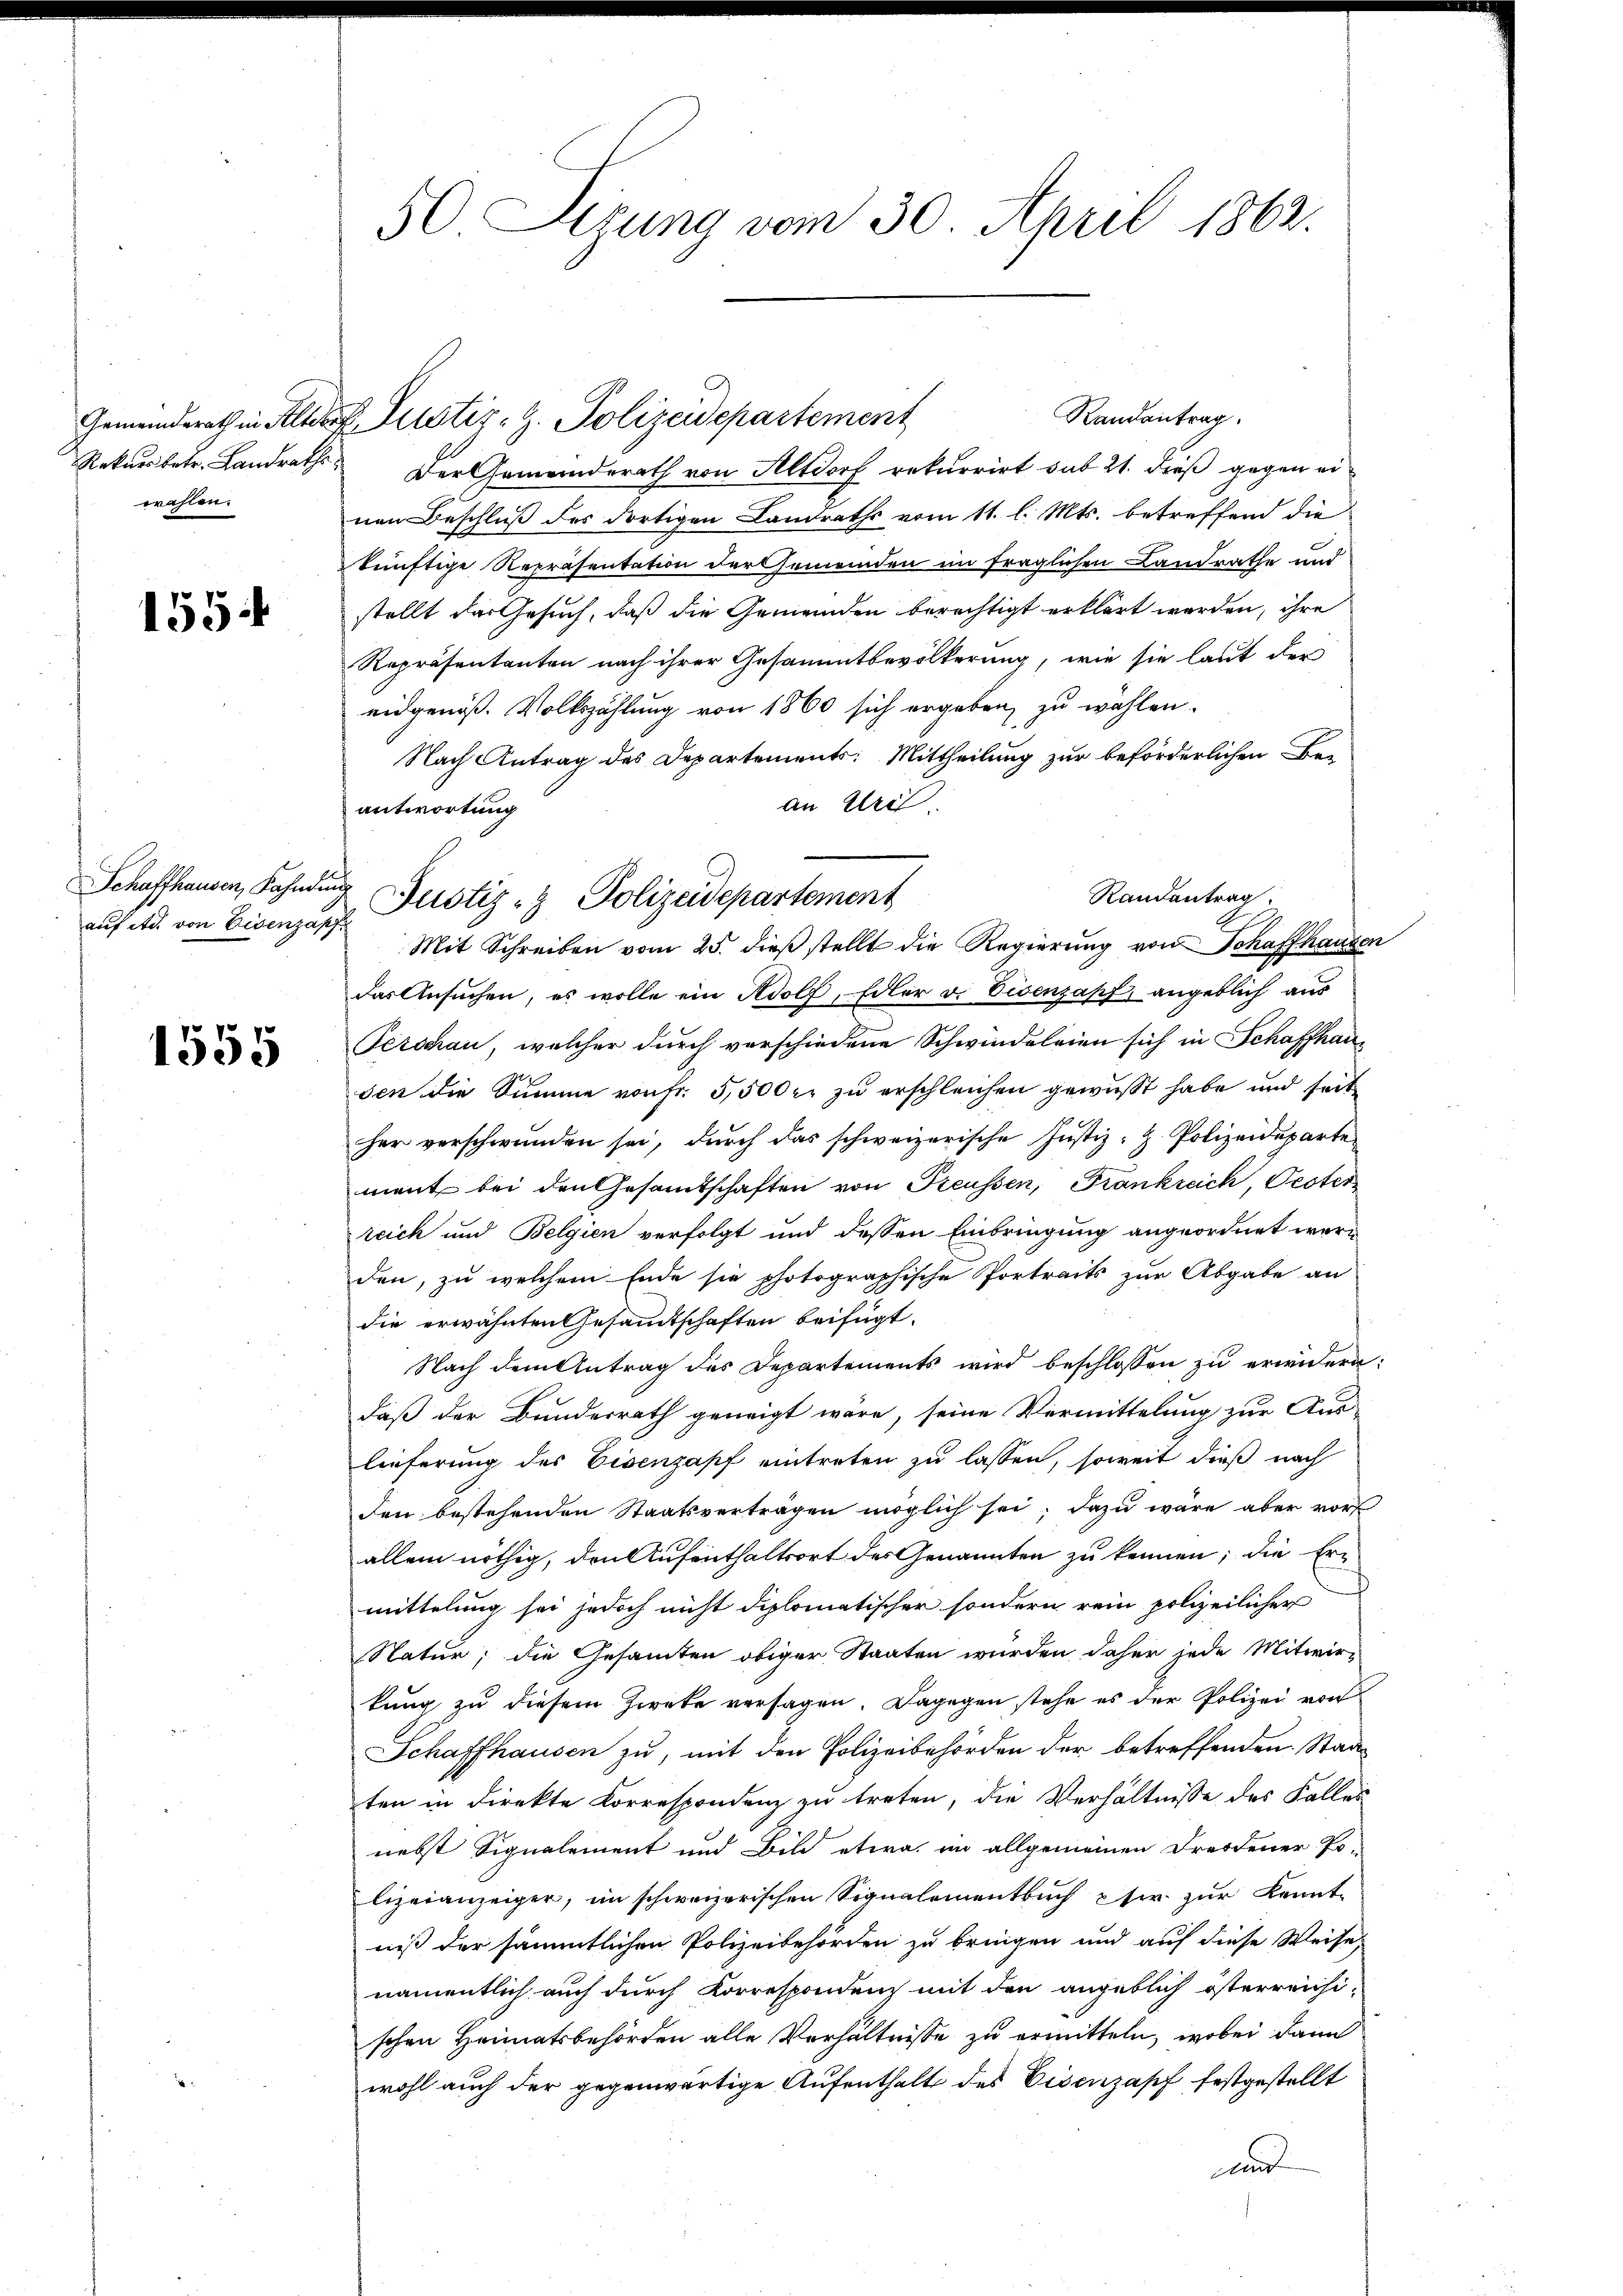
Gemeinderath in Alter
Rekursbetr. Landrathe
wahlen.

1554

Schaffhausen, Fahndin
auf etc. von Eisenzap

1555

50. Sizung vom 30. April 1862.

Randantrag
Der Gemeinderath von Altdorf rekurrirt sub 21. dieß gegen einen Beschluß des dortigen Landraths vom 11. l. Mts. betreffend die
künftige Repräsentation der Gemeinden im fraglichen Landrathe und
stellt das Gesuch, daß die Gemeinden berechtigt erklärt werden, ihre
Repräsentanten nach ihrer Gesammtbevölkerung, wie sie laut der
eidgenöß. Volkszählung von 1860 sich ergeben zu wählen.
Nach Antrag des Departements: Mittheilung zur beförderlichen Be-
an Ulri
antwortung
Randantrag.
Mit Schreiben vom 25. dieß stellt die Regierung von Schaffhausen
das Ansuchen, es wolle ein Adolf, Edler v. Vicenzapf, angeblich aus
Fersgau, welcher durch verschiedene Schwindeleien sich in Schaffhausen die Summe von fr. 5,500 r. zu erschleichen gewusst habe und seit
her verschwunden sei, durch das schweizerische Justiz- & Polizeideparte
ment bei den Gesamtschaften von Freussen, Frankreich, Pester
reich und Belgien verfolgt und dessen Einbringung angeordnet werden, zu welchem Ende sie photographische Portreits zur Abgabe an
die erwähnten Gesammtschaften beifügt:
Nach dem Antrag des Departements wird beschlossen zu erwidern:
daß der Bundesrath geneigt wäre, seine Vermittelung zur Aus-
lieferung des Eisenzapf eintreten zu lassen, soweit dieß nach
den bestehenden Staatsvertragen möglich sei; dazu wäre aber vor
allein nöthig, den Aufenthaltsort des Genannten zu kennen; die Er-
mittelung sei jedoch nicht diplomatischer sondern rein polizeilicher
Natur; die Gesammten obiger Staaten wurden daher jede Mitwir-
kung zu diesem Zweke versagen. Dagegen stehe es der Polizei von
Schaffhausen zu, mit den Polizeibehörden der betreffenden Staaten in direkte Korrespondenz zu treten, die Verhältnisse des Falles
nebst Signalement und Bild etwa im allgemeinen Freidener Po-
lizeianzeiger, im schweizerischen Signalementbuch eher zur Kennt-
niß der sämmtlichen Polizeibehörden zu bringen und auf diese Weise,
namentlich auch durch Korrespondenz mit den angeblich österreichi-
schen Heimatsbehörden alle Verhältnisse zu ermitteln, wobei dann
wohl auch der gegenwärtige Aufenthalt des Eisenzapf festgestellt
und

Dlustiz-Z. Polizeidepartement

Justiz- & Polizeidepartement